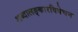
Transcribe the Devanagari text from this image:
शब्दालङ्कारविवेचन